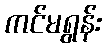
ကင်မရွန်း